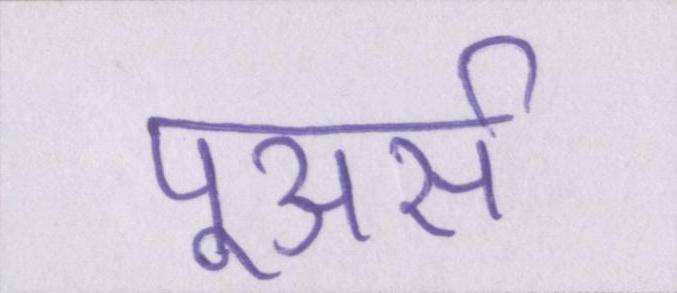
पूअर्स